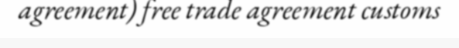
agreement) free trade agreement customs